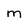
Character: m